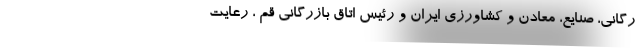
رگانی، صنایع، معادن و کشاورزی ایران و رئیس اتاق بازرگانی قم ، رعایت